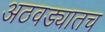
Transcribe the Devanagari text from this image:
अठवड्यातच